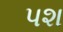
પશ